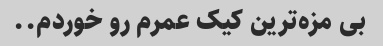
بی مزه‌ترین کیک عمرم رو خوردم..